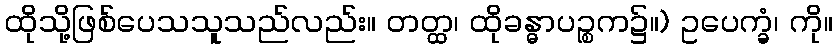
ထိုသို့ဖြစ်ပေသသူသည်လည်း။ တတ္ထ၊ ထိုခန္ဓာပဉ္စက၌။) ဥပေက္ခံ၊ ကို။